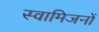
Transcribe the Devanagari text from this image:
स्वामिजनों